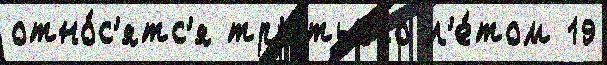
отно́с'ятс'я тр'е́тьего л'е́том 19